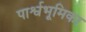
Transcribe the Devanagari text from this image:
पार्श्वभूमिका